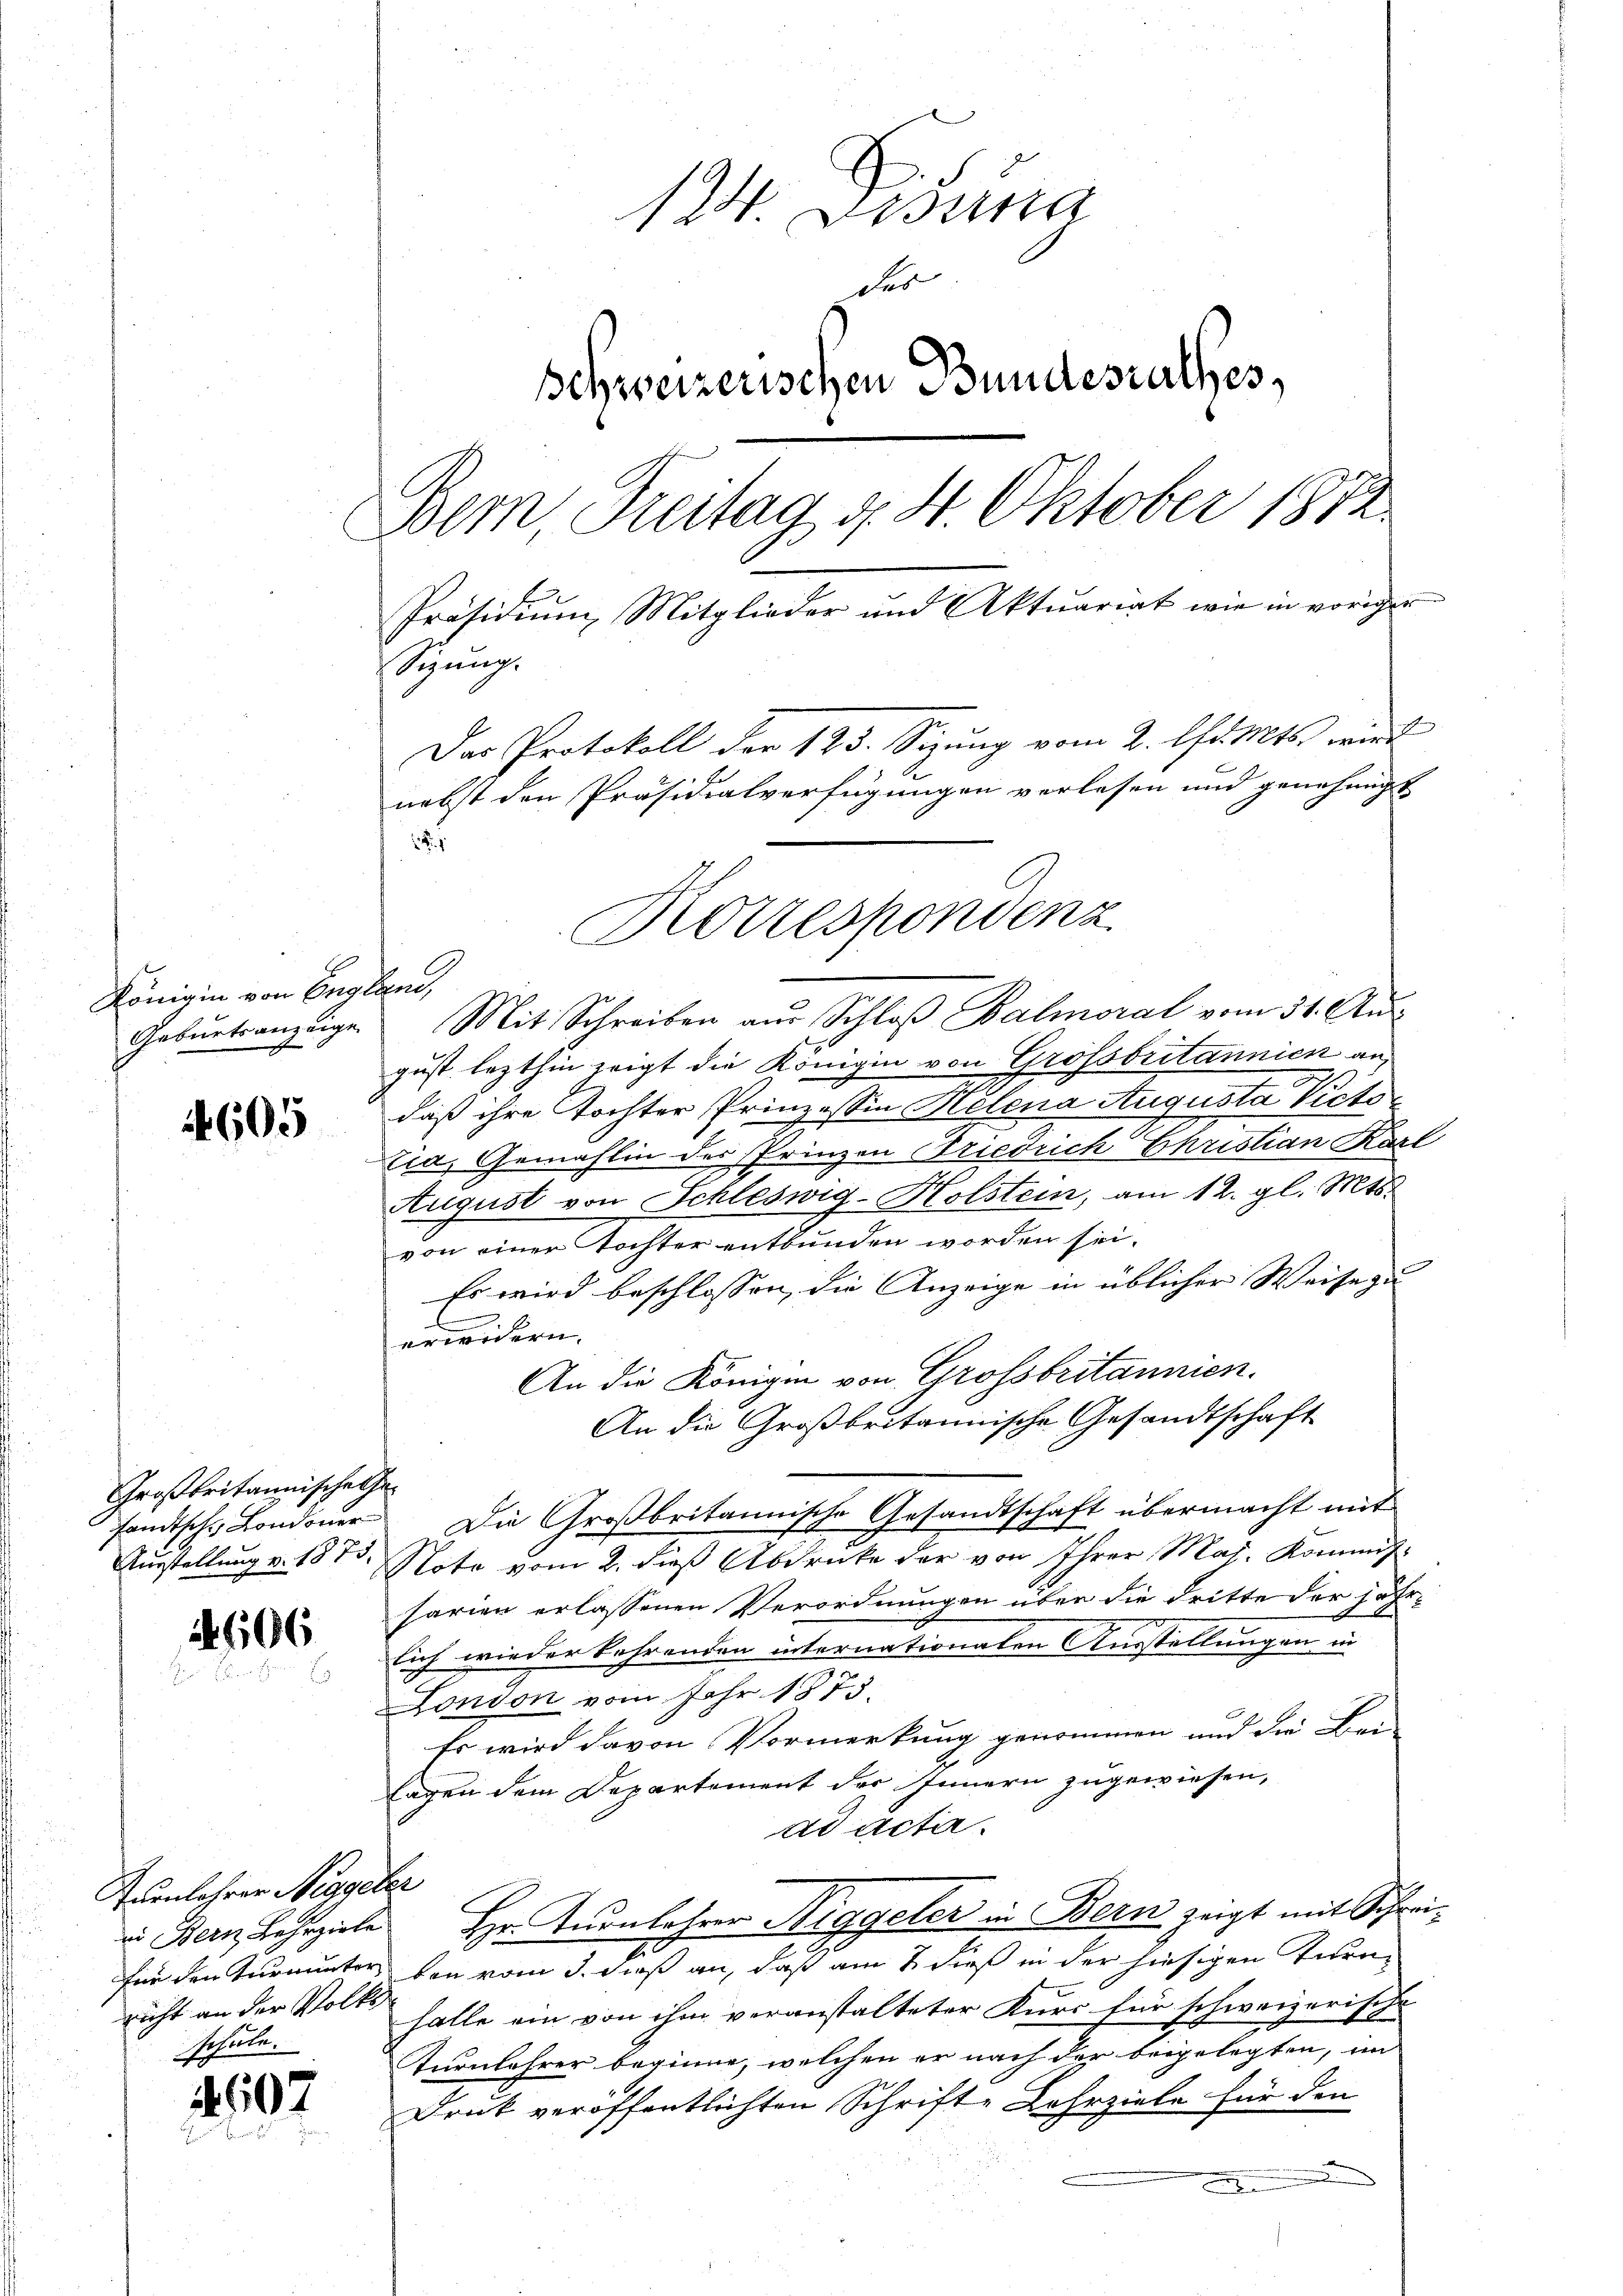
Königin von England,

1605

Großbritannischehe

606

Auenlohrer Niggeler
nicht an der Volks
schule.

4607

124. Disena
des
schweizerischen Bundesrathes,
Bern, Freitag d. 4. Oktober 1872.
Präsidium, Mitglieder und Aktuariat wie in vorigen
nng.
Das Protokoll der 125. Sizung vom 2. Chr. Mts. wird
nebst den Präsidialverfügungen verlesen und genehmigt
12

Geburtsanzeige Mit Schreiben aus Schloß Balmoral vom 31. Aus
gust lezthin zeigt die Königin von Grossbritannien an,
daß ihre Tochter Prinzessin Helena Augusta Victo¬
Eia, Gemahlin des Prinzen Friedrich Christian Karl
August von Schleswig-Holstein, am 12. gl. Mts.
von einer Tochter entbunden worden sei.
Es wird beschlossen, die Anzeige in üblicher Weise zu
E
erwidern.
An die Königin von Grossbritannien.
An die Großbritannische Gesandtschaft
sandtsche Londoner Die Großbritannische Gesandtschaft übermacht mit
Ausstellung v. 18 t Note vom 2. dieß Abdrucke der von Ihrer Mai. Kommis-
sarien erlassenen Verordnungen über die dritte der jähr-
lich wieder kehrenden internationalen Ausstellungen un
London vom Jahr 1875.
Es wird davon Vormerkung genommen und die Bei-
lagen dem Departement der Innern zugewiesen,
ad acte.
in Bern Lehrziele Hr. Turnlehrer Riggeler in Bern zeigt mit Schreifür den Turnunter von vom 3. dieß an, daß am 2. dieß in der hiesigen Turnhalle ein von ihm veranstalteter Kurs für schweizerische
Turnlehrer beginne, welchen er nach der beigelegten, im
Druk veröffentlichten Schrifte Lehrziele für den
e

Korrespondenz